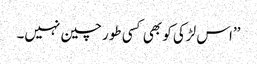
’’اس لڑکی کو بھی کسی طور چین نہیں۔